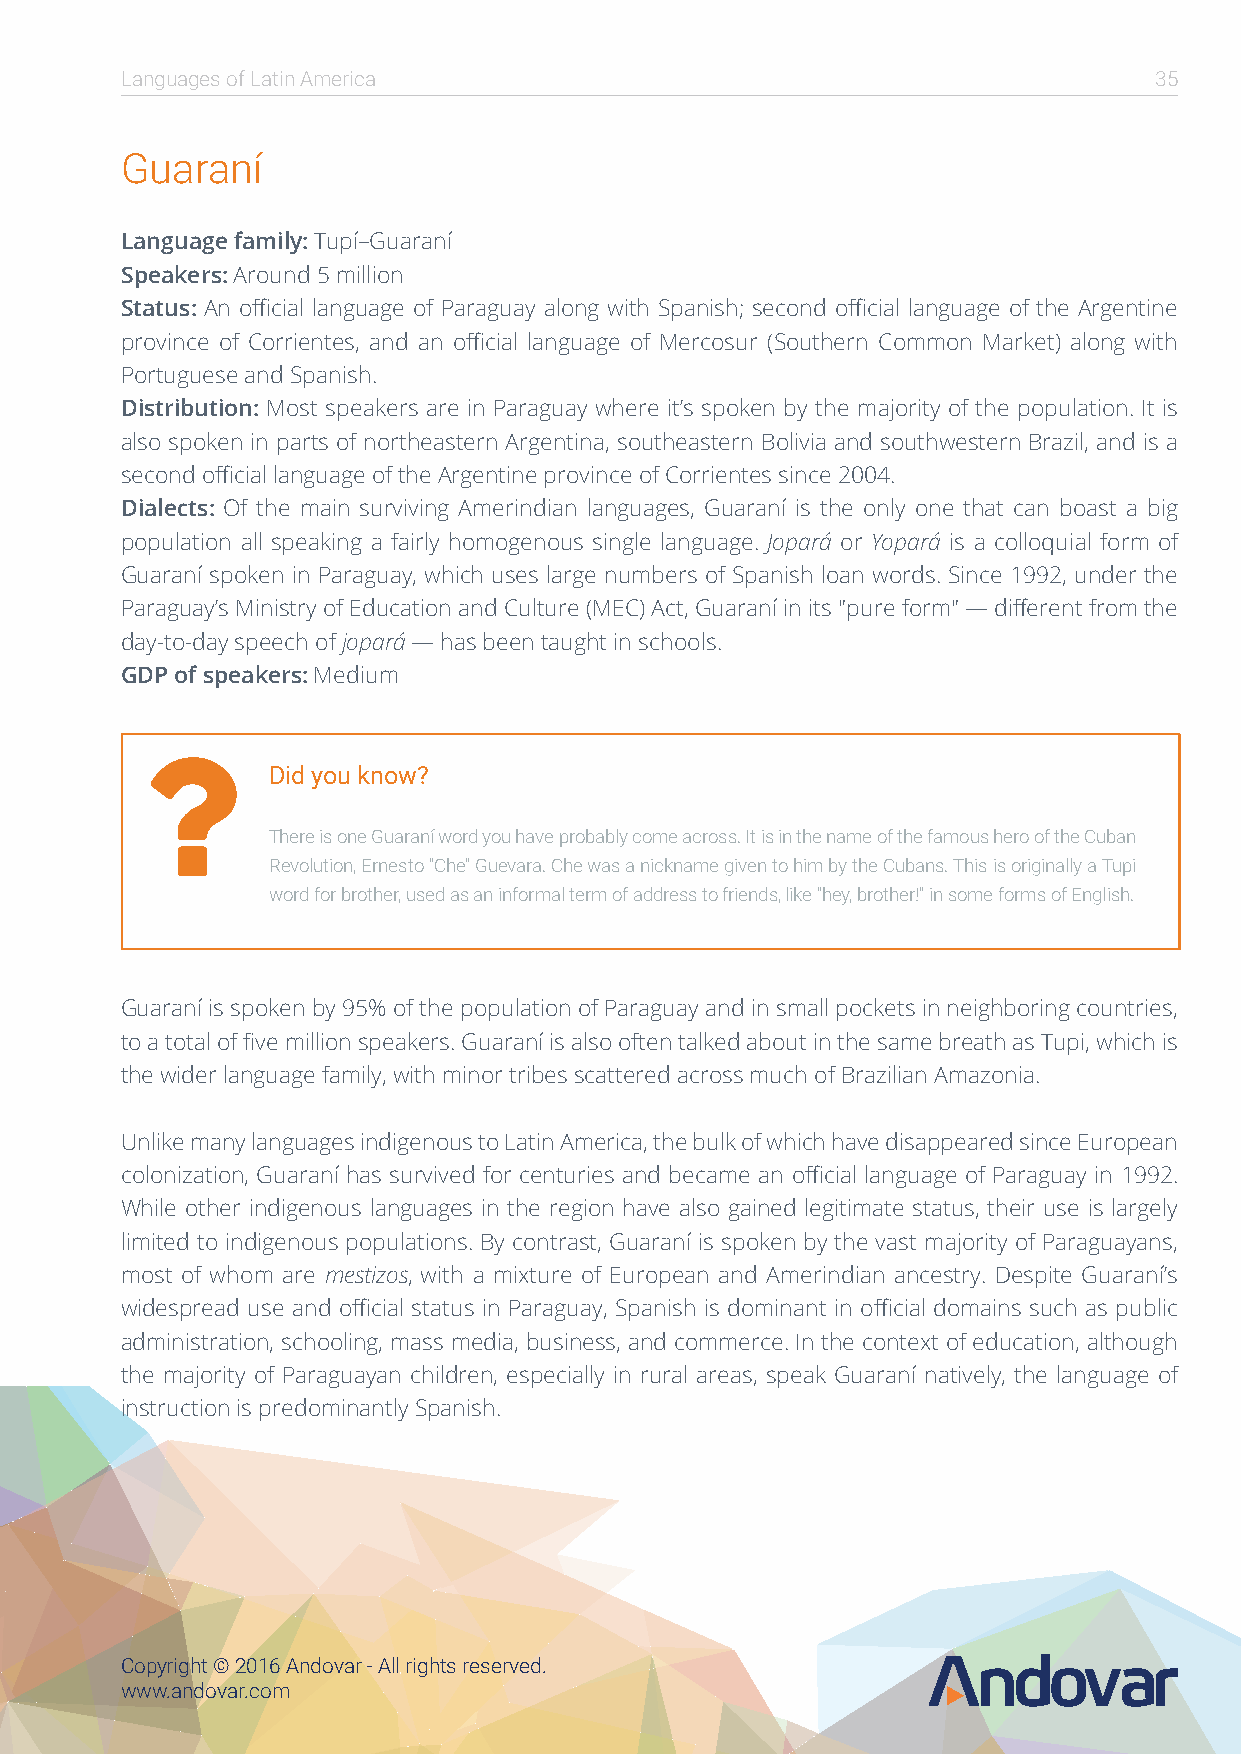
Languages of Latin America                                          35
 Guaraní
 Language family: Tupí–Guaraní
 Speakers: Around 5 million
 Status: An official language of Paraguay along with Spanish; second official language of the Argentine
 province of Corrientes, and an official language of Mercosur (Southern Common Market) along with
 Portuguese and Spanish.
 Distribution: Most speakers are in Paraguay where it’s spoken by the majority of the population. It is
 also spoken in parts of northeastern Argentina, southeastern Bolivia and southwestern Brazil, and is a
 second official language of the Argentine province of Corrientes since 2004.
 Dialects: Of the main surviving Amerindian languages, Guaraní is the only one that can boast a big
 population all speaking a fairly homogenous single language. Jopará or Yopará is a colloquial form of
 Guaraní spoken in Paraguay, which uses large numbers of Spanish loan words. Since 1992, under the
 Paraguay’s Ministry of Education and Culture (MEC) Act, Guaraní in its "pure form" — different from the
 day-to-day speech of jopará — has been taught in schools.
 GDP of speakers: Medium
 
 Did you know?
 There is one Guaraní word you have probably come across. It is in the name of the famous hero of the Cuban
 Revolution, Ernesto "Che" Guevara. Che was a nickname given to him by the Cubans. This is originally a Tupi
 word for brother, used as an informal term of address to friends, like "hey, brother!" in some forms of English.
 Guaraní is spoken by 95% of the population of Paraguay and in small pockets in neighboring countries,
 to a total of five million speakers. Guaraní is also often talked about in the same breath as Tupi, which is
 the wider language family, with minor tribes scattered across much of Brazilian Amazonia.
 Unlike many languages indigenous to Latin America, the bulk of which have disappeared since European
 colonization, Guaraní has survived for centuries and became an official language of Paraguay in 1992.
 While other indigenous languages in the region have also gained legitimate status, their use is largely
 limited to indigenous populations. By contrast, Guaraní is spoken by the vast majority of Paraguayans,
 most of whom are mestizos, with a mixture of European and Amerindian ancestry. Despite Guaraní’s
 widespread use and official status in Paraguay, Spanish is dominant in official domains such as public
 administration, schooling, mass media, business, and commerce. In the context of education, although
 the majority of Paraguayan children, especially in rural areas, speak Guaraní natively, the language of
 instruction is predominantly Spanish.
 Copyright © 2016 Andovar - All rights reserved.
 www.andovar.com